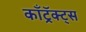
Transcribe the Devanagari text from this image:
काँट्रॅक्ट्स